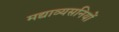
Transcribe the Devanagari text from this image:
मद्याव्यसनियों